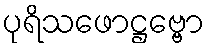
ပုရိသဖောဋ္ဌဗ္ဗော